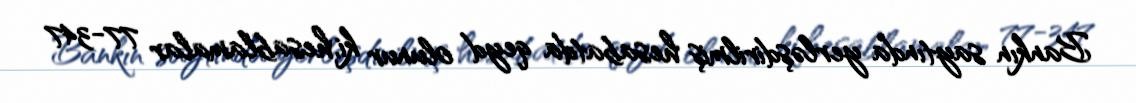
Bankın saytında yerləşdirilmiş hesabatda qeyd olunur ki, hesablamalar 77-347